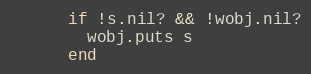
Language: Ruby
      if !s.nil? && !wobj.nil?
        wobj.puts s
      end